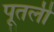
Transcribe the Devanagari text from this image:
पूतली